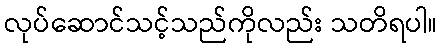
လုပ်ဆောင်သင့်သည်ကိုလည်း သတိရပါ။